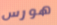
هورس